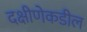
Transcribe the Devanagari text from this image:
दक्षीणेकडील